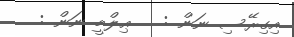
އިގިރޭސި ނަން :   ޢިލްމީ ނަން :